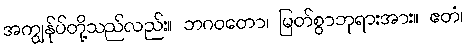
အကျွန်ုပ်တို့သည်လည်း။ ဘဂဝတော၊ မြတ်စွာဘုရားအား။ ဧတံ၊